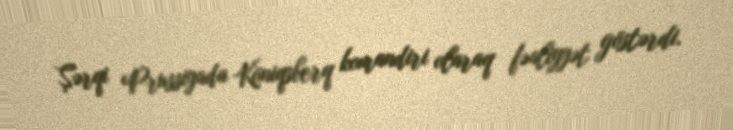
Şərqi Prussiyada Köniqsberq komandiri olaraq fəaliyyət göstərdi.